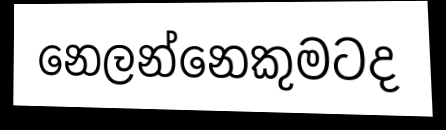
නෙලන්නෙකුමටද